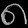
Digit: ၈